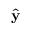
\hat { \mathbf { y } }